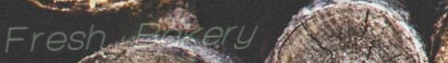
Fresh Bakery